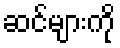
ဆင်များကို